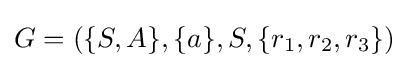
G=(\{S,A\},\{a\},S,\{r_{1},r_{2},r_{3}\})